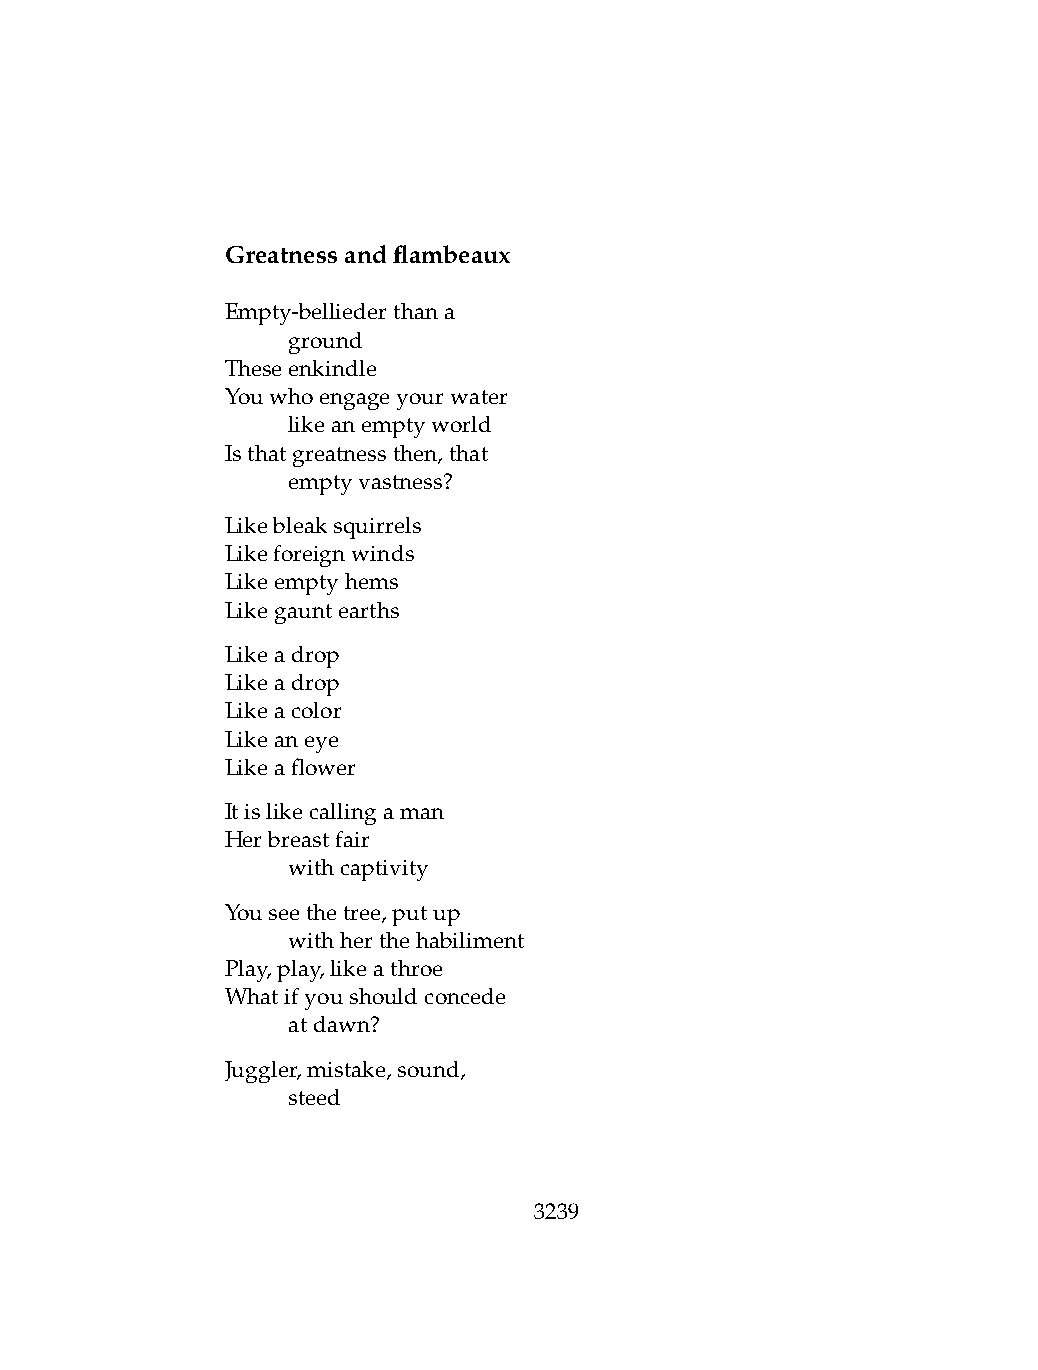
Greatnessandflambeaux
 Empty-belliederthana
 .   ground
 Theseenkindle
 Youwhoengageyourwater
 .   likeanemptyworld
 Isthatgreatnessthen,that
 .   emptyvastness?
 Likebleaksquirrels
 Likeforeignwinds
 Likeemptyhems
 Likegauntearths
 Likeadrop
 Likeadrop
 Likeacolor
 Likeaneye
 Likeaflower
 Itislikecallingaman
 Herbreastfair
 .   withcaptivity
 Youseethetree,putup
 .   withherthehabiliment
 Play,play,likeathroe
 Whatifyoushouldconcede
 .   atdawn?
 Juggler,mistake,sound,
 .   steed
 3239